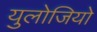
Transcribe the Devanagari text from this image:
युलोजियो